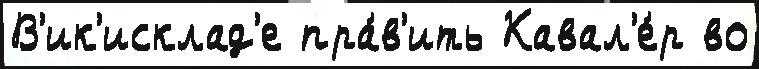
В'ик'исклад'е пра́в'ить Кавал'е́р во